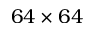
6 4 \times 6 4